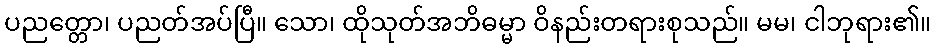
ပညတ္တော၊ ပညတ်အပ်ပြီ။ သော၊ ထိုသုတ်အဘိဓမ္မာ ဝိနည်းတရားစုသည်။ မမ၊ ငါဘုရား၏။